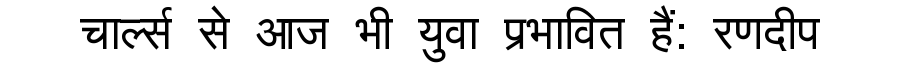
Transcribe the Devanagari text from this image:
चार्ल्स से आज भी युवा प्रभावित हैं: रणदीप